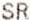
SR